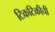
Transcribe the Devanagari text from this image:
टिकटिकीची